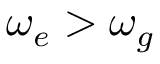
\omega _ { e } > \omega _ { g }